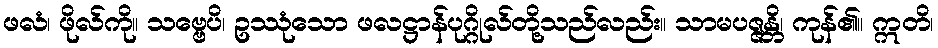
ဖလံ၊ ဖိုလ်ကို။ သဗ္ဗေပိ၊ ဥဿုံသော ဖလဋ္ဌာန်ပုဂ္ဂိုလ်တို့သည်လည်း။ သာမပဇ္ဇန္တိ၊ ကုန်၏။ ဣတိ၊